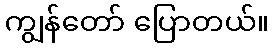
ကျွန်တော် ပြောတယ်။